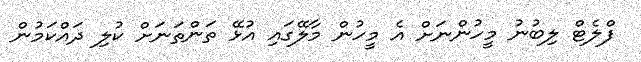
ފްލެޓް ލިބުނު މީހުންނަށް އެ މީހުން މާލޭގައި އުޅޭ ތަންތަނަށް ކުލި ދައްކަމުން